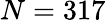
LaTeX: N=317